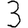
Digit: 3